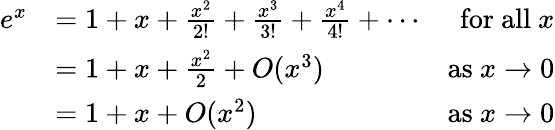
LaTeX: {\begin{array}{rlr}{e^{x}}&{=1+x+{\frac{x^{2}}{2!}}+{\frac{x^{3}}{3!}}+{\frac{x^{4}}{4!}}+\dotsb}&{{\mathrm{for~all~}}x}\\ &{=1+x+{\frac{x^{2}}{2}}+O(x^{3})}&{{\mathrm{as~}}x\to 0}\\ &{=1+x+O(x^{2})}&{{\mathrm{as~}}x\to 0}\end{array}}